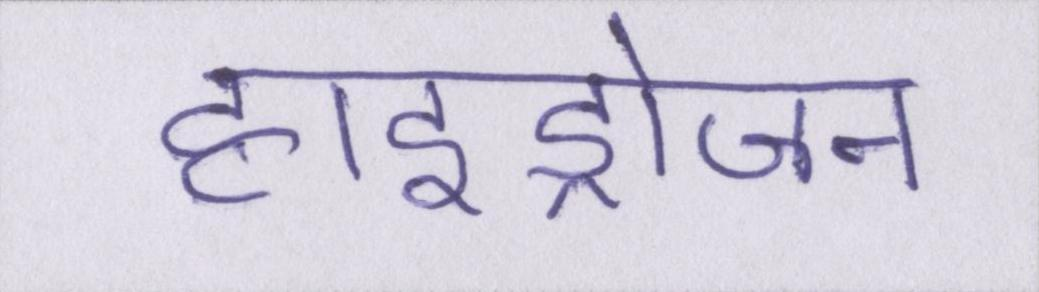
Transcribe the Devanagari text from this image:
हाइड्रोजन